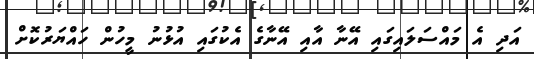
އަދި އެ މައްސަލައިގައި އޭނާ އާއި އޭނާގެ އެކުގައި އުޅުނު މީހުން ހައްޔަރުކޮށް